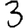
Digit: 3